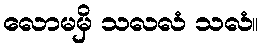
လောမမှိ သလလံ သလံ။